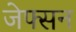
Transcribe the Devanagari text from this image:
जेफ्सन